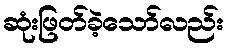
ဆုံးဖြတ်ခဲ့သော်လည်း